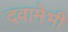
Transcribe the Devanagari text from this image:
दवामेभी